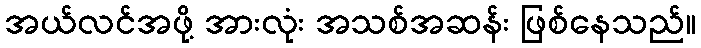
အယ်လင်အဖို့ အားလုံး အသစ်အဆန်း ဖြစ်နေသည်။